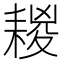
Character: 䎫